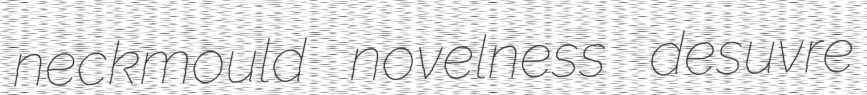
neckmould novelness desuvre